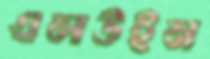
এলউইন